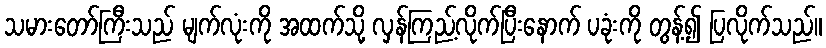
သမားတော်ကြီးသည် မျက်လုံးကို အထက်သို့ လှန်ကြည့်လိုက်ပြီးနောက် ပခုံးကို တွန့်၍ ပြလိုက်သည်။